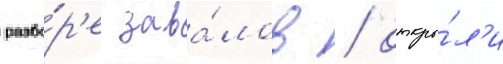
разбо́р'е зава́лов / откры́л'и